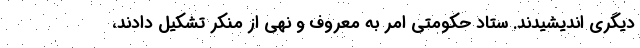
دیگری اندیشیدند. ستاد حکومتی امر به معروف و نهی از منکر تشکیل دادند،